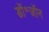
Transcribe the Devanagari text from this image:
डॉ॰जॉन